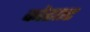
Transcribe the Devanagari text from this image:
कोहएट